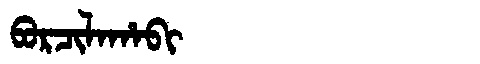
Manchu: ᠪᠣᡵᠴᡳᠯᠠᡥᠠᠪᡳ
Romanization: BORCILAHABI